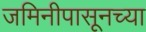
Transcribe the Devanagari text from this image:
जमिनीपासूनच्या